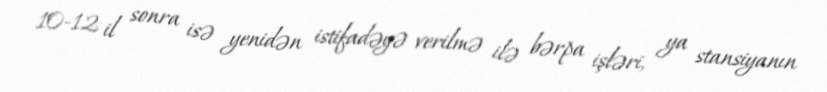
10-12 il sonra isə yenidən istifadəyə verilmə ilə bərpa işləri, ya stansiyanın